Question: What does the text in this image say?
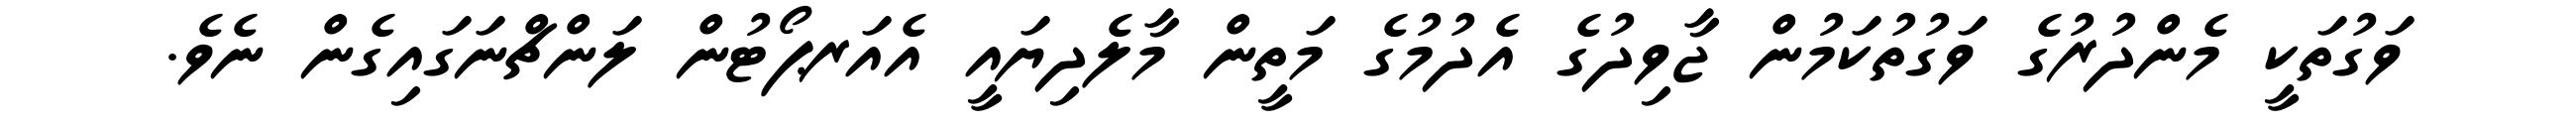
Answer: ވަގުތަކީ މެންދުރުގެ ވަގުތުކަމުން ޖާވިދުގެ އެދުމުގެ މަތީން މާލެދިޔައީ އެއަރޕޯޓުން ލަންޗްނަގައިގެން ނެވެ.